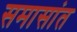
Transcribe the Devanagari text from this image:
समासांत